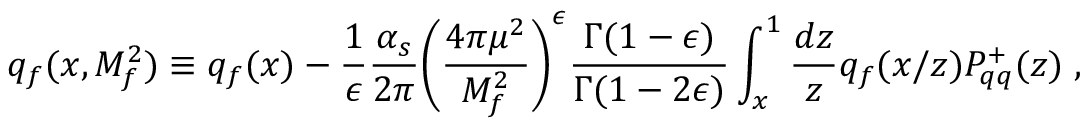
q _ { f } ( x , M _ { f } ^ { 2 } ) \equiv q _ { f } ( x ) - { \frac { 1 } { \epsilon } } { \frac { \alpha _ { s } } { 2 \pi } } { \biggl ( { \frac { 4 \pi \mu ^ { 2 } } { M _ { f } ^ { 2 } } } \biggr ) } ^ { \epsilon } { \frac { \Gamma ( 1 - \epsilon ) } { \Gamma ( 1 - 2 \epsilon ) } } \int _ { x } ^ { 1 } { \frac { d z } { z } } q _ { f } ( x / z ) P _ { q q } ^ { + } ( z ) \; ,